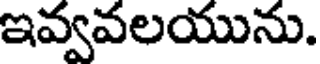
ఇవ్వవలయును.